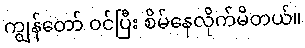
ကျွန်တော် ဝင်ပြီး စိမ်နေလိုက်မိတယ်။